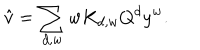
LaTeX: \hat { v } = \sum _ { d , w } w K _ { d , w } Q ^ { d } y ^ { w } .